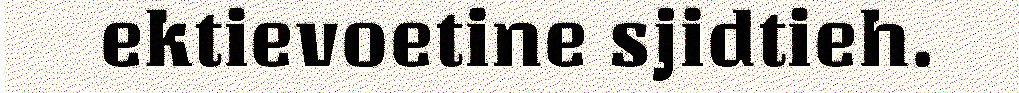
ektievoetine sjidtieh.